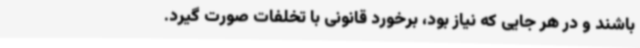
باشند و در هر جایی که نیاز بود، برخورد قانونی با تخلفات صورت گیرد.